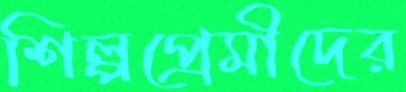
শিল্পপ্রেমীদের